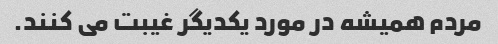
مردم همیشه در مورد یکدیگر غیبت می کنند.